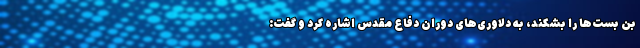
بن بست‌ها را بشکند، به دلاوری‌های دوران دفاع مقدس اشاره کرد و گفت: